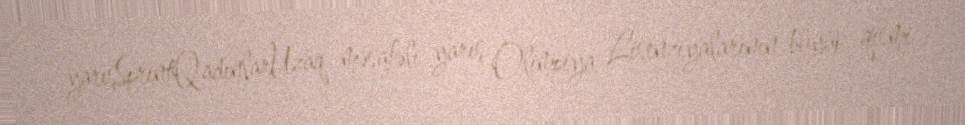
yarışSprintQadınlarUzaq məsafəli yarış Olimpiya Lisenziyalarının böyük qismi